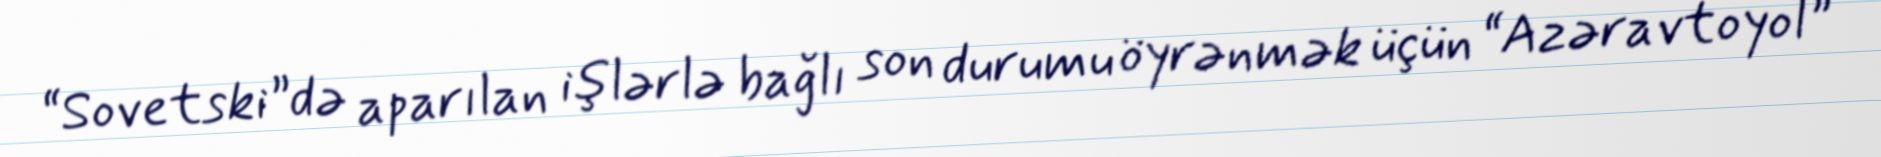
“Sovetski”də aparılan işlərlə bağlı son durumu öyrənmək üçün “Azəravtoyol”